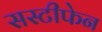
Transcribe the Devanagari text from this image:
सस्टीफेन